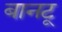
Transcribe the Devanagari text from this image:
बानटू